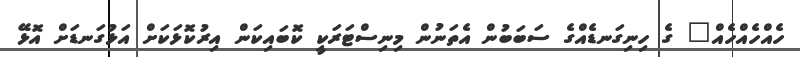
ހެއްހެއްހެއް" ގެ ހިނިގަނޑެއްގެ ސަބަބުން އެތަނުން މިނިސްޓަރަކީ ކޮބައިކަން އިރުކޮޅަކަށް އަޅުގަނޑަށް އޮޅޭ